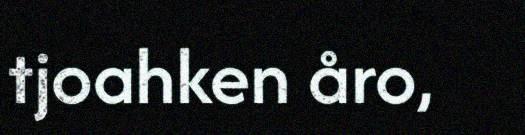
tjoahken åro,